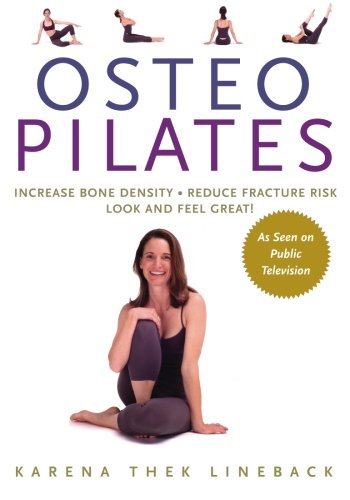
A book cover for Osteopilates: Increase Bone Density, Reduce Fracture Risk, Look and Feel Great; Karena Thek Lineback; Health, Fitness & Dieting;